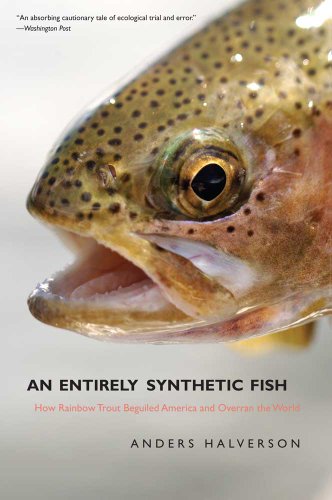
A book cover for An Entirely Synthetic Fish: How Rainbow Trout Beguiled America and Overran the World; Anders Halverson; Sports & Outdoors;